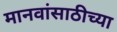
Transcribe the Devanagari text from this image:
मानवांसाठीच्या